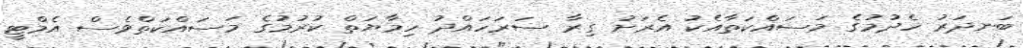
ބަނދަރު ހެދުމުގެ މަސައްކަތާއެކު އެރަށު ގިރާ ސަރަހައްދު ހިމާޔަތް ކުރުމުގެ މަސައްކަތްވެސް އެމްޓީ